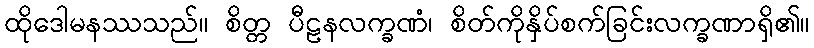
ထိုဒေါမနဿသည်။ စိတ္တ ပီဠနလက္ခဏံ၊ စိတ်ကိုနှိပ်စက်ခြင်းလက္ခဏာရှိ၏။